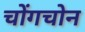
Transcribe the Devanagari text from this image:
चोंगचोन